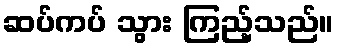
ဆပ်ကပ် သွား ကြည့်သည်။